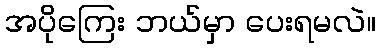
အပိုကြေး ဘယ်မှာ ပေးရမလဲ။